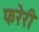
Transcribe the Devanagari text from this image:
फरेरी